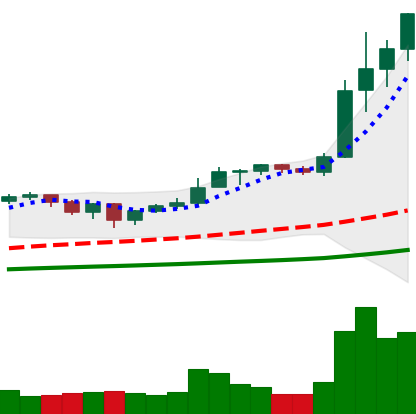
Ticker: ETH-USD
Chart end date: 2021-01-06
Forward return: -9.69%
Label: down_7plus